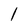
Character: 1